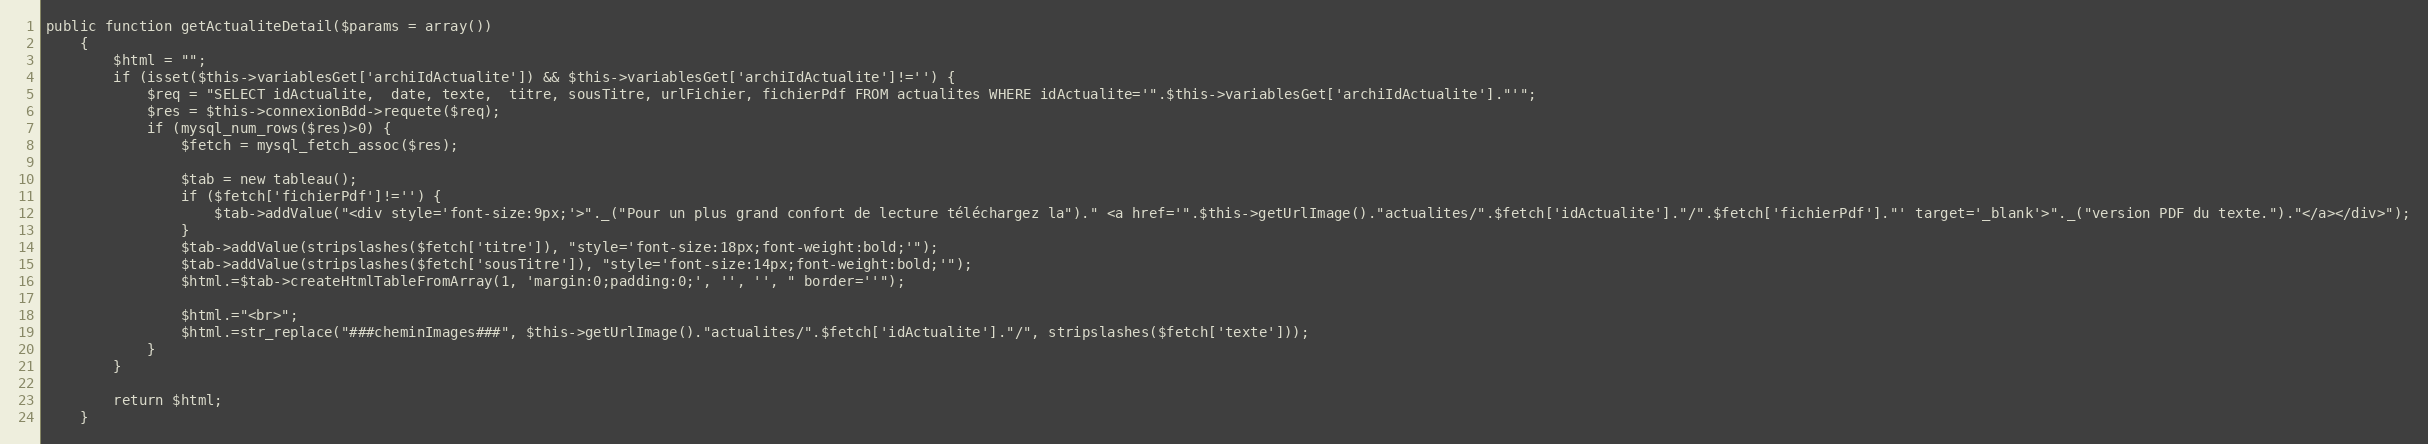
Language: PHP
public function getActualiteDetail($params = array())
	{
		$html = "";
		if (isset($this->variablesGet['archiIdActualite']) && $this->variablesGet['archiIdActualite']!='') {
			$req = "SELECT idActualite,  date, texte,  titre, sousTitre, urlFichier, fichierPdf FROM actualites WHERE idActualite='".$this->variablesGet['archiIdActualite']."'";
			$res = $this->connexionBdd->requete($req);
			if (mysql_num_rows($res)>0) {
				$fetch = mysql_fetch_assoc($res);

				$tab = new tableau();
				if ($fetch['fichierPdf']!='') {
					$tab->addValue("<div style='font-size:9px;'>"._("Pour un plus grand confort de lecture téléchargez la")." <a href='".$this->getUrlImage()."actualites/".$fetch['idActualite']."/".$fetch['fichierPdf']."' target='_blank'>"._("version PDF du texte.")."</a></div>");
				}
				$tab->addValue(stripslashes($fetch['titre']), "style='font-size:18px;font-weight:bold;'");
				$tab->addValue(stripslashes($fetch['sousTitre']), "style='font-size:14px;font-weight:bold;'");
				$html.=$tab->createHtmlTableFromArray(1, 'margin:0;padding:0;', '', '', " border=''");

				$html.="<br>";
				$html.=str_replace("###cheminImages###", $this->getUrlImage()."actualites/".$fetch['idActualite']."/", stripslashes($fetch['texte']));
			}
		}

		return $html;
	}